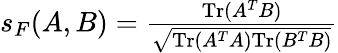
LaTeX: \begin{array}{r}{s_{F}(A,B)=\frac{\textrm{Tr}(A^{T}B)}{\sqrt{\textrm{Tr}(A^{T}A)\textrm{Tr}(B^{T}B)}}}\end{array}